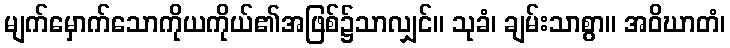
မျက်မှောက်သောကိုယကိုယ်၏အဖြစ်၌သာလျှင်။ သုခံ၊ ချမ်းသာစွာ။ အဝိဃာတံ၊